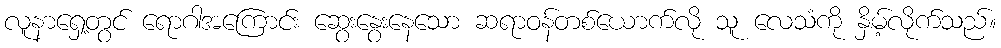
လူနာရှေ့တွင် ရောဂါအကြောင်း ဆွေးနွေးနေသော ဆရာဝန်တစ်ယောက်လို သူ လေသံကို နှိမ့်လိုက်သည်။